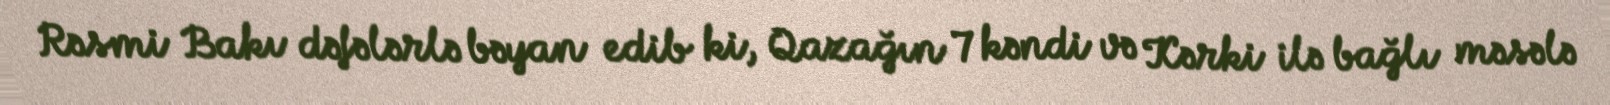
Rəsmi Bakı dəfələrlə bəyan edib ki, Qazağın 7 kəndi və Kərki ilə bağlı məsələ